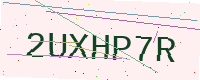
Text: 2UXHP7R